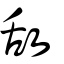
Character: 敌